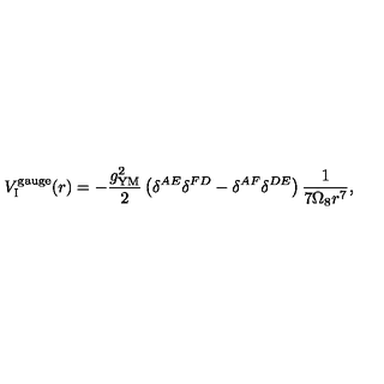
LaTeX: { V } _ { \mathrm { I } } ^ { \mathrm { g a u g e } } ( r ) = - \frac { g _ { \mathrm { Y M } } ^ { 2 } } { 2 } \left( \delta ^ { A E } \delta ^ { F D } - \delta ^ { A F } \delta ^ { D E } \right) \frac { 1 } { 7 \Omega _ { 8 } r ^ { 7 } } ,